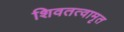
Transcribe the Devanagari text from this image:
शिवतत्वामृत